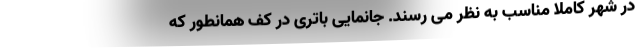
در شهر کاملا مناسب به نظر می رسند. جانمایی باتری در کف همانطور که